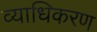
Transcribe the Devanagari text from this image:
व्याधिकरण